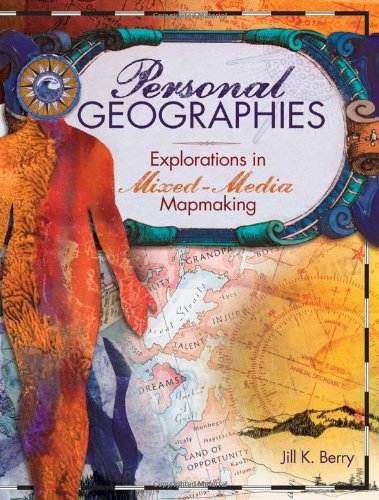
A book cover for Personal Geographies: Explorations in Mixed-Media Mapmaking; Jill K. Berry; Crafts, Hobbies & Home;